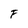
Character: F